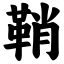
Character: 鞘